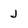
Character: J